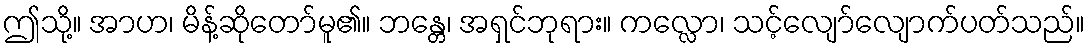
ဤသို့။ အာဟ၊ မိန့်ဆိုတော်မူ၏။ ဘန္တေ၊ အရှင်ဘုရား။ ကလ္လော၊ သင့်လျော်လျောက်ပတ်သည်။